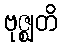
ဗုဇ္ဈတိ